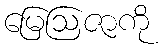
မြေဩဇာကို